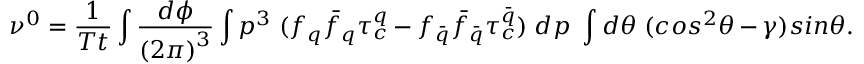
\nu ^ { 0 } = \frac { 1 } { T t } \int \frac { d \phi } { { ( 2 \pi ) } ^ { 3 } } \int p ^ { 3 } ~ ( f _ { q } { \bar { f } _ { q } } \tau _ { c } ^ { q } - f _ { \bar { q } } { \bar { f } _ { \bar { q } } } \tau _ { c } ^ { \bar { q } } ) ~ d p ~ \int d \theta ~ ( c o s ^ { 2 } \theta - \gamma ) s i n \theta .